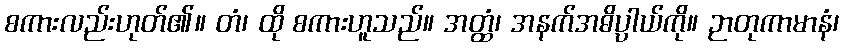
စကားလည်းဟုတ်၏။ တံ၊ ထို စကားဟူသည်။ အတ္ထံ၊ အနက်အဓိပ္ပါယ်ကို။ ဉာတုကာမာနံ၊